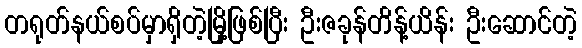
တရုတ်နယ်စပ်မှာရှိတဲ့မြို့ဖြစ်ပြီး ဦးဇခုန်တိန့်ယိန်း ဦးဆောင်တဲ့